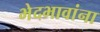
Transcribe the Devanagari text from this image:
भेदभावांना